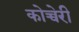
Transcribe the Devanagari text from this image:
कोच्चेरी